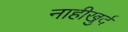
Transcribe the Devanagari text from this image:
नाहीखुर्द